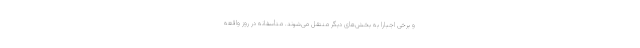
و برخی اجبارا به بخش‌های دیگر منتقل می‌شوند. متأسفانه در روز واقعه